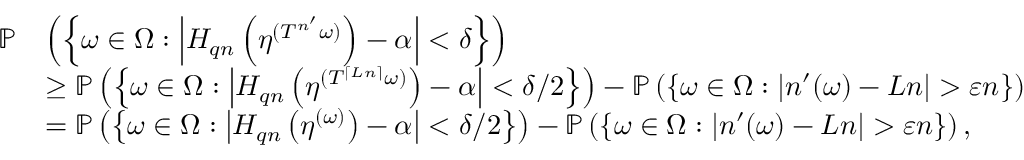
\begin{array} { r l } { \mathbb P } & { \left( \left\{ \omega \in \Omega : \left| H _ { q n } \left( \eta ^ { ( T ^ { n ^ { \prime } } \omega ) } \right) - \alpha \right| < \delta \right\} \right) } \\ & { \geq \mathbb P \left( \left\{ \omega \in \Omega : \left| H _ { q n } \left( \eta ^ { ( T ^ { \lceil L n \rceil } \omega ) } \right) - \alpha \right| < \delta / 2 \right\} \right) - \mathbb P \left( \left\{ \omega \in \Omega : | n ^ { \prime } ( \omega ) - L n | > \varepsilon n \right\} \right) } \\ & { = \mathbb P \left( \left\{ \omega \in \Omega : \left| H _ { q n } \left( \eta ^ { ( \omega ) } \right) - \alpha \right| < \delta / 2 \right\} \right) - \mathbb P \left( \left\{ \omega \in \Omega : | n ^ { \prime } ( \omega ) - L n | > \varepsilon n \right\} \right) , } \end{array}